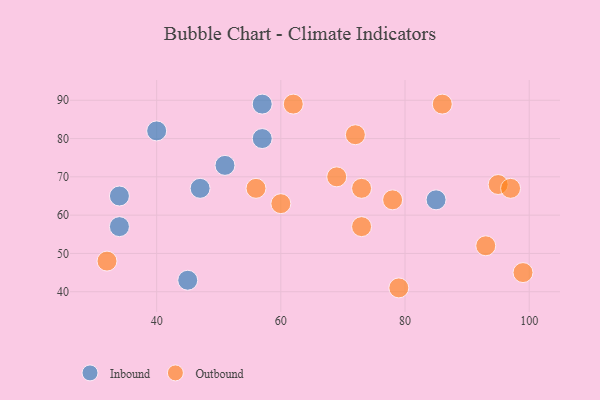
{"axis": {"x": "GDP", "y": "Life Expectancy"}, "legend": ["Inbound", "Outbound"], "data": [{"x": "40", "y": 82, "type": "Inbound"}, {"x": "47", "y": 67, "type": "Inbound"}, {"x": "45", "y": 43, "type": "Inbound"}, {"x": "34", "y": 57, "type": "Inbound"}, {"x": "85", "y": 64, "type": "Inbound"}, {"x": "51", "y": 73, "type": "Inbound"}, {"x": "34", "y": 65, "type": "Inbound"}, {"x": "57", "y": 89, "type": "Inbound"}, {"x": "57", "y": 80, "type": "Inbound"}, {"x": "86", "y": 89, "type": "Outbound"}, {"x": "73", "y": 67, "type": "Outbound"}, {"x": "78", "y": 64, "type": "Outbound"}, {"x": "93", "y": 52, "type": "Outbound"}, {"x": "60", "y": 63, "type": "Outbound"}, {"x": "99", "y": 45, "type": "Outbound"}, {"x": "95", "y": 68, "type": "Outbound"}, {"x": "79", "y": 41, "type": "Outbound"}, {"x": "72", "y": 81, "type": "Outbound"}, {"x": "97", "y": 67, "type": "Outbound"}, {"x": "32", "y": 48, "type": "Outbound"}, {"x": "69", "y": 70, "type": "Outbound"}, {"x": "73", "y": 57, "type": "Outbound"}, {"x": "62", "y": 89, "type": "Outbound"}, {"x": "56", "y": 67, "type": "Outbound"}]}